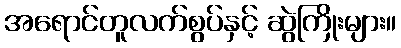
အရောင်တူလက်စွပ်နှင့် ဆွဲကြိုးများ။